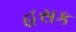
હસક